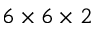
6 \times 6 \times 2